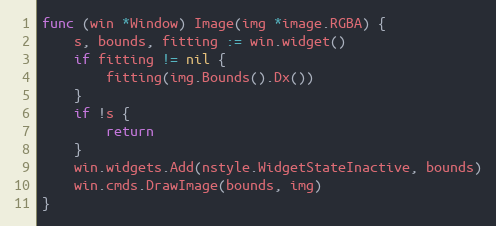
Language: Go
func (win *Window) Image(img *image.RGBA) {
	s, bounds, fitting := win.widget()
	if fitting != nil {
		fitting(img.Bounds().Dx())
	}
	if !s {
		return
	}
	win.widgets.Add(nstyle.WidgetStateInactive, bounds)
	win.cmds.DrawImage(bounds, img)
}